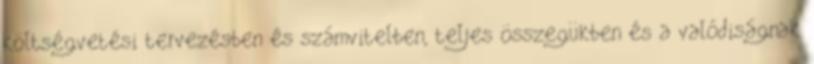
költségvetési tervezésben és számvitelben, teljes összegükben és a valódiságnak